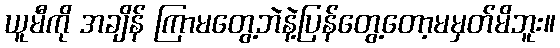
ယူမီကို အချိန် ကြာမတွေ့ဘဲနဲ့ပြန်တွေ့တော့မမှတ်မိဘူး။